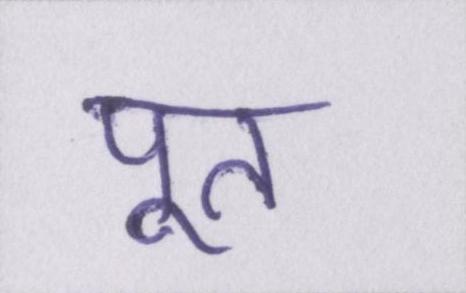
पूत